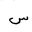
Letter: _sin